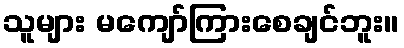
သူများ မကျော်ကြားစေချင်ဘူး။